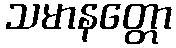
သမာနတ္တော